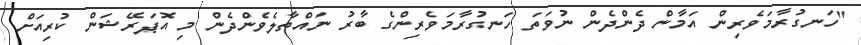
"ހަނގުރާމަވެރިން އަމާން ދެންދެން ނުވަތަ ހަނގުރާމަވެރިންގެ ބާރު ނައްތާލެވެންދެން މި އޮޕަރޭޝަން ކުރިއަށް